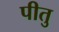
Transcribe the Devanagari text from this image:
पीतु